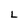
Character: L